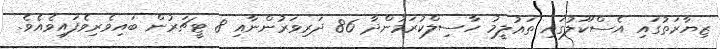
ޒިޔާރަތުގައި އެސްކޫލުގައި ތަޢުލީމު ހާސިލްކުރަމުންދާ 86 ދަރިވަރުންނާއި 8 ޓީޗަރުން ބައިވެރިވެފައިވެއެވެ.